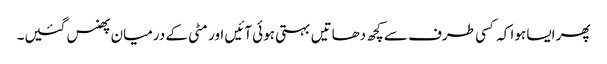
پھر ایسا ہوا کہ کسی طرف سے کچھ دھاتیں بہتی ہوئی آئیں اور مٹی کے درمیان پھنس گئیں۔